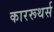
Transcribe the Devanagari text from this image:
काररूथर्स